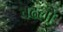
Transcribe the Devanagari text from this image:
चढलो